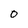
Character: 0